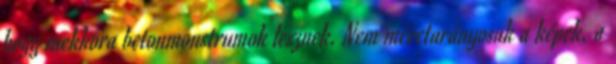
hogy mekkora betonmonstrumok lesznek. Nem méretarányosak a képek, a